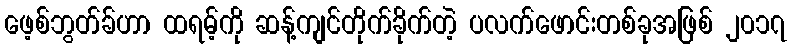
ဖေ့စ်ဘွတ်ခ်ဟာ ထရမ့်ကို ဆန့်ကျင်တိုက်ခိုက်တဲ့ ပလက်ဖောင်းတစ်ခုအဖြစ် ၂၀၁၇